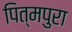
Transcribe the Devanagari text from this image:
पित्मपुरा